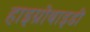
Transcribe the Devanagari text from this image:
हाइग्रोबाइडी